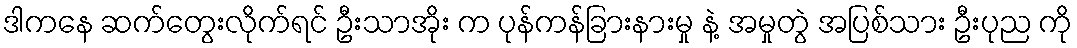
ဒါကနေ ဆက်တွေးလိုက်ရင် ဦးသာအိုး က ပုန်ကန်ခြားနားမှု နဲ့ အမှုတွဲ အပြစ်သား ဦးပုည ကို